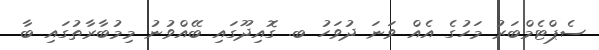
ސެޕްޓެމްބަރު މަހުގެ އެއް ވަނަ ދުވަހު ބ. ގޮއިދޫގައި ބޭއްވުނު މިމުބާރާތުގައި ބާ